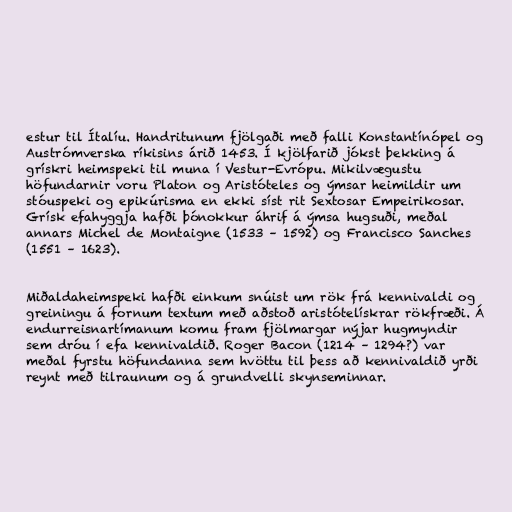
estur til Ítalíu. Handritunum fjölgaði með falli Konstantínópel og
Austrómverska ríkisins árið 1453. Í kjölfarið jókst þekking á
grískri heimspeki til muna í Vestur-Evrópu. Mikilvægustu
höfundarnir voru Platon og Aristóteles og ýmsar heimildir um
stóuspeki og epikúrisma en ekki síst rit Sextosar Empeirikosar.
Grísk efahyggja hafði þónokkur áhrif á ýmsa hugsuði, meðal
annars Michel de Montaigne (1533 – 1592) og Francisco Sanches
(1551 – 1623).

Miðaldaheimspeki hafði einkum snúist um rök frá kennivaldi og
greiningu á fornum textum með aðstoð aristótelískrar rökfræði. Á
endurreisnartímanum komu fram fjölmargar nýjar hugmyndir
sem dróu í efa kennivaldið. Roger Bacon (1214 – 1294?) var
meðal fyrstu höfundanna sem hvöttu til þess að kennivaldið yrði
reynt með tilraunum og á grundvelli skynseminnar.